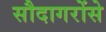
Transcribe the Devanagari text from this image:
सौदागरोंसे